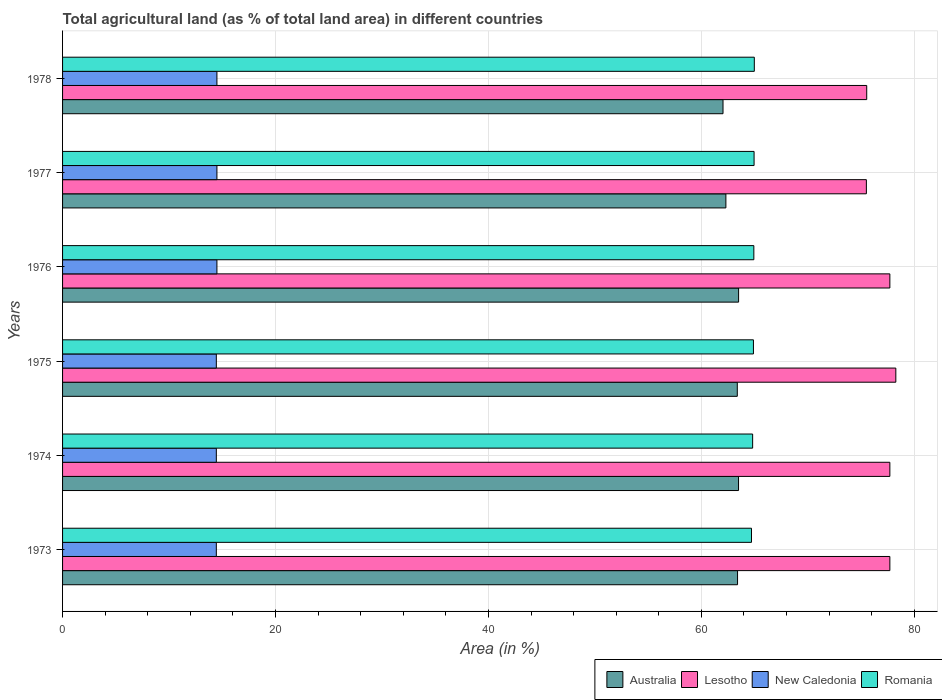
| Years | Australia | Lesotho | New Caledonia | Romania |
 | --- | --- | --- | --- | --- |
 | 1973 | 63.4 | 77.7 | 14.4 | 64.7 |
 | 1974 | 63.5 | 77.7 | 14.4 | 64.8 |
 | 1975 | 63.4 | 78.3 | 14.4 | 64.9 |
 | 1976 | 63.5 | 77.7 | 14.5 | 64.9 |
 | 1977 | 62.3 | 75.5 | 14.5 | 64.9 |
 | 1978 | 62 | 75.5 | 14.5 | 65 |